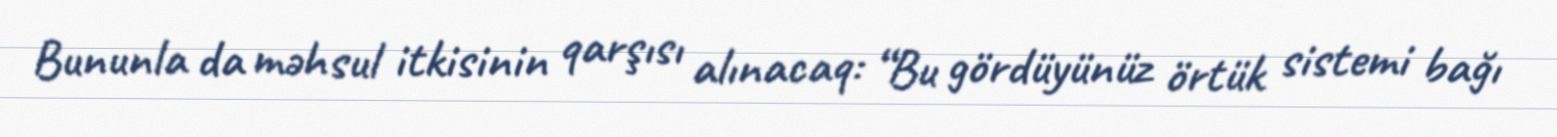
Bununla da məhsul itkisinin qarşısı alınacaq: “Bu gördüyünüz örtük sistemi bağı